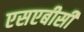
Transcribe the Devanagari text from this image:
एसएबीसी